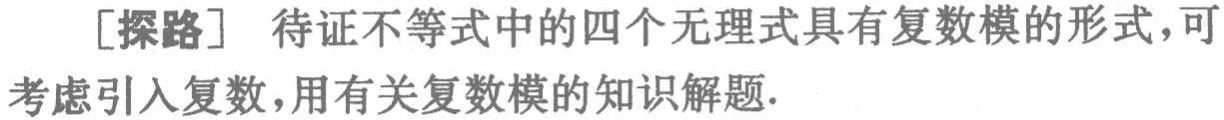
[探路] 待证不等式中的四个无理式具有复数模的形式，可考虑引入复数，用有关复数模的知识解题.